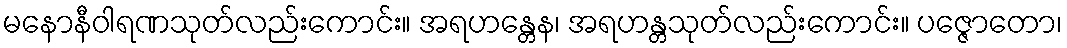
မနောနီဝါရဏသုတ်လည်းကောင်း။ အရဟန္တေန၊ အရဟန္တသုတ်လည်းကောင်း။ ပဇ္ဇောတော၊